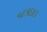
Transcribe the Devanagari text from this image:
५६१६४३